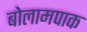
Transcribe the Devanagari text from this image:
बोलामपाक